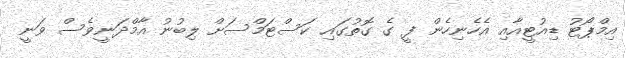
އިމްޕޯޓު ޑިއުޓީއާއި އެހެނިހެން ފީ ގެ ގޮތުގައި ކަސްޓަމްސަށް ލިބުނު އާމްދަނީވެސް ވަނީ